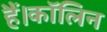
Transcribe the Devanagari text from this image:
हैं।कॉलिन